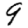
Digit: 9